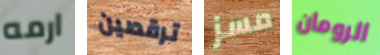
ارمه ترقصين مسز الرومان